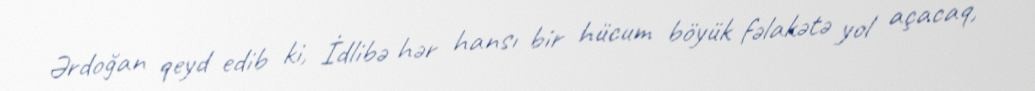
Ərdoğan qeyd edib ki, İdlibə hər hansı bir hücum böyük fəlakətə yol açacaq,